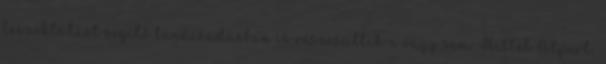
leszoktatást segítő tanácsadásban is részesültek-e vagy sem. Hillel Alpert,